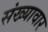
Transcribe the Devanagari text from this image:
संख्यावार